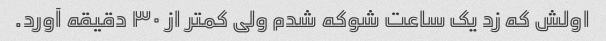
اولش که زد یک ساعت شوکه شدم ولی کمتر از ۳۰ دقیقه آورد.